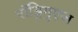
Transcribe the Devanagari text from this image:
राॅड्रिगुएज